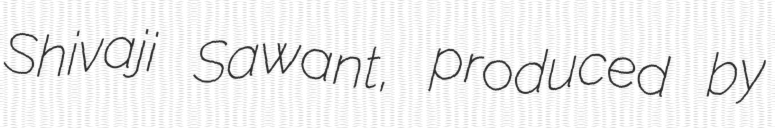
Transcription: Shivaji Sawant, produced by